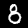
Digit: 8